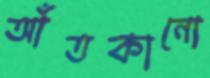
আঁতকানো